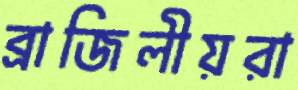
ব্রাজিলীয়রা